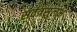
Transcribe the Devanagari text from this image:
सर्वत्रसुलभ